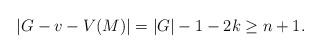
LaTeX: \begin{align*}|G-v-V(M)|=|G|-1-2k\ge n+1.\end{align*}